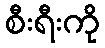
စီးရီးကို